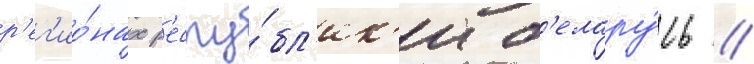
р'ег'ио́нах р'еспу́бл'ик'и б'елару́сь //